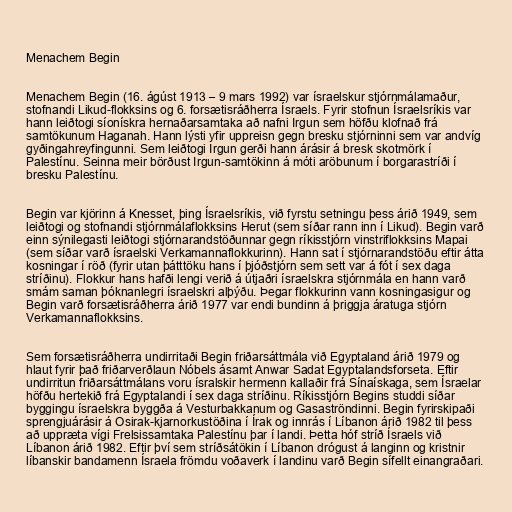
Menachem Begin

Menachem Begin (16. ágúst 1913 – 9 mars 1992) var ísraelskur stjórnmálamaður,
stofnandi Likud-flokksins og 6. forsætisráðherra Ísraels. Fyrir stofnun Ísraelsríkis var
hann leiðtogi síonískra hernaðarsamtaka að nafni Irgun sem höfðu klofnað frá
samtökunum Haganah. Hann lýsti yfir uppreisn gegn bresku stjórninni sem var andvíg
gyðingahreyfingunni. Sem leiðtogi Irgun gerði hann árásir á bresk skotmörk í
Palestínu. Seinna meir börðust Irgun-samtökinn á móti aröbunum í borgarastríði í
bresku Palestínu.

Begin var kjörinn á Knesset, þing Ísraelsríkis, við fyrstu setningu þess árið 1949, sem
leiðtogi og stofnandi stjórnmálaflokksins Herut (sem síðar rann inn í Likud). Begin varð
einn sýnilegasti leiðtogi stjórnarandstöðunnar gegn ríkisstjórn vinstriflokksins Mapai
(sem síðar varð ísraelski Verkamannaflokkurinn). Hann sat í stjórnarandstöðu eftir átta
kosningar í röð (fyrir utan þátttöku hans í þjóðstjórn sem sett var á fót í sex daga
stríðinu). Flokkur hans hafði lengi verið á útjaðri ísraelskra stjórnmála en hann varð
smám saman þóknanlegri ísraelskri alþýðu. Þegar flokkurinn vann kosningasigur og
Begin varð forsætisráðherra árið 1977 var endi bundinn á þriggja áratuga stjórn
Verkamannaflokksins.

Sem forsætisráðherra undirritaði Begin friðarsáttmála við Egyptaland árið 1979 og
hlaut fyrir það friðarverðlaun Nóbels ásamt Anwar Sadat Egyptalandsforseta. Eftir
undirritun friðarsáttmálans voru ísralskir hermenn kallaðir frá Sínaískaga, sem Ísraelar
höfðu hertekið frá Egyptalandi í sex daga stríðinu. Ríkisstjórn Begins studdi síðar
byggingu ísraelskra byggða á Vesturbakkanum og Gasaströndinni. Begin fyrirskipaði
sprengjuárásir á Osirak-kjarnorkustöðina í Írak og innrás í Líbanon árið 1982 til þess
að uppræta vígi Frelsissamtaka Palestínu þar í landi. Þetta hóf stríð Ísraels við
Líbanon árið 1982. Eftir því sem stríðsátökin í Líbanon drógust á langinn og kristnir
líbanskir bandamenn Ísraela frömdu voðaverk í landinu varð Begin sífellt einangraðari.